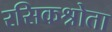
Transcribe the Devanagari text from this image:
रसिकश्रोता